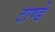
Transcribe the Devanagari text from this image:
टाण्डे